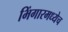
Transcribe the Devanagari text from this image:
भिंगारमध्येच